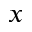
x